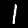
Label: 1